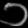
Digit: ၁